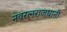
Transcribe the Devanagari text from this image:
नवरत्नराजधानी